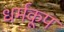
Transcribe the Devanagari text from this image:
धर्मकूप